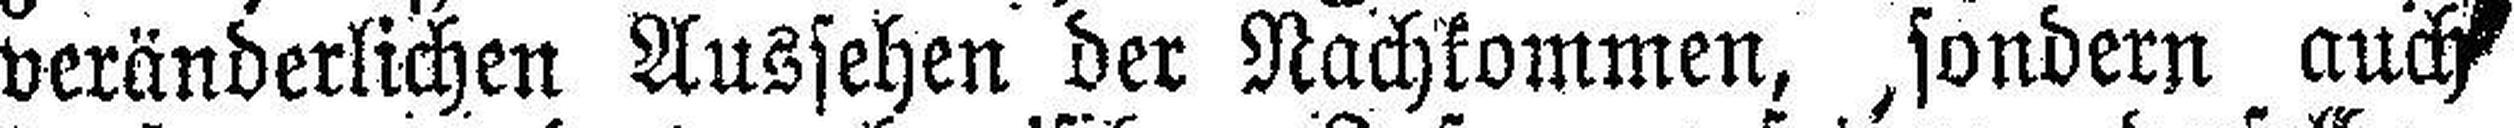
veränderlichen Aussehen der Nachkommen, sondern auch